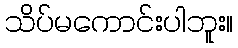
သိပ်မကောင်းပါဘူး။